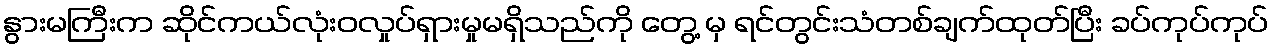
နွားမကြီးက ဆိုင်ကယ်လုံးဝလှုပ်ရှားမှုမရှိသည်ကို တွေ့ မှ ရင်တွင်းသံတစ်ချက်ထုတ်ပြီး ခပ်ကုပ်ကုပ်